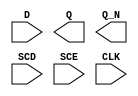
module sky130_fd_sc_hs__sdfxbp (
    //# {{data|Data Signals}}
    input  D  ,
    output Q  ,
    output Q_N,

    //# {{scanchain|Scan Chain}}
    input  SCD,
    input  SCE,

    //# {{clocks|Clocking}}
    input  CLK
);

    // Voltage supply signals
    supply1 VPWR;
    supply0 VGND;

endmodule